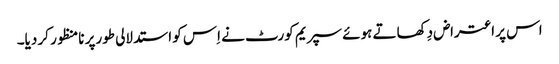
اس پر اعتراض دِکھاتے ہوئے سپریم کورٹ نے اِس کو استدلالی طورپر نامنظور کر دیا۔